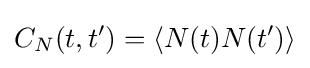
C_{N}(t,t')=\langle N(t)N(t')\rangle